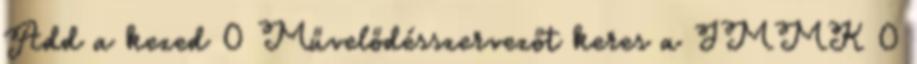
Add a kezed 0 Művelődésszervezőt keres a JMMK 0